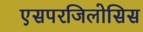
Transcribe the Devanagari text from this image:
एसपरजिलोसिस